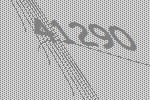
41290